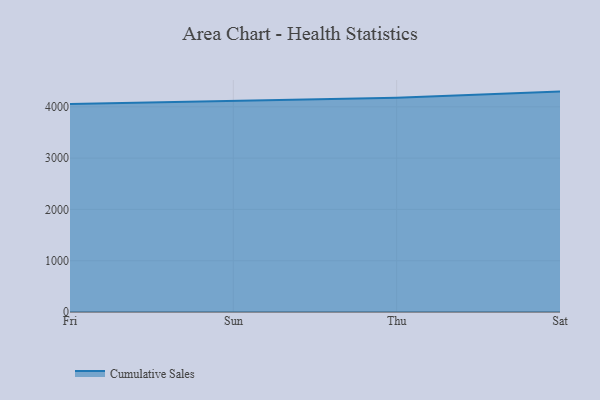
{"axis": {"x": "Day", "y": "Production Output"}, "legend": ["Cumulative Sales"], "data": [{"x": "Fri", "y": 4053.8, "type": "Cumulative Sales"}, {"x": "Sun", "y": 4119.2, "type": "Cumulative Sales"}, {"x": "Thu", "y": 4177.5, "type": "Cumulative Sales"}, {"x": "Sat", "y": 4296.9, "type": "Cumulative Sales"}]}